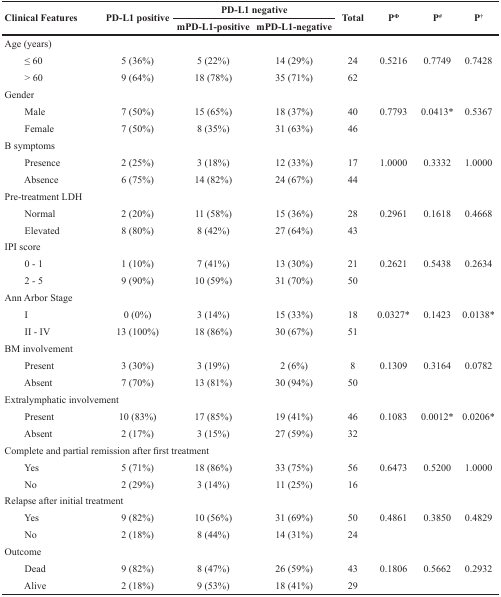
<table><thead><tr><td rowspan="2"><b>Clinical Features</b></td><td rowspan="2"><b>PD-L1 positive</b></td><td colspan="2"><b>PD-L1 negative</b></td><td rowspan="2"><b>Total</b></td><td rowspan="2"><b>P<sup>Φ</sup></b></td><td rowspan="2"><b>P<sup>#</sup></b></td><td rowspan="2"><b>P<sup>†</sup></b></td></tr><tr><td><b>mPD-L1-positive</b></td><td><b>mPD-L1-negative</b></td></tr></thead><tbody><tr><td>Age (years)</td><td></td><td></td><td></td><td></td><td></td><td></td><td></td></tr><tr><td>≤ 60</td><td>5 (36%)</td><td>5 (22%)</td><td>14 (29%)</td><td>24</td><td>0.5216</td><td>0.7749</td><td>0.7428</td></tr><tr><td>&gt; 60</td><td>9 (64%)</td><td>18 (78%)</td><td>35 (71%)</td><td>62</td><td></td><td></td><td></td></tr><tr><td>Gender</td><td></td><td></td><td></td><td></td><td></td><td></td><td></td></tr><tr><td>Male</td><td>7 (50%)</td><td>15 (65%)</td><td>18 (37%)</td><td>40</td><td>0.7793</td><td>0.0413<sup>*</sup></td><td>0.5367</td></tr><tr><td>Female</td><td>7 (50%)</td><td>8 (35%)</td><td>31 (63%)</td><td>46</td><td></td><td></td><td></td></tr><tr><td>B symptoms</td><td></td><td></td><td></td><td></td><td></td><td></td><td></td></tr><tr><td>Presence</td><td>2 (25%)</td><td>3 (18%)</td><td>12 (33%)</td><td>17</td><td>1.0000</td><td>0.3332</td><td>1.0000</td></tr><tr><td>Absence</td><td>6 (75%)</td><td>14 (82%)</td><td>24 (67%)</td><td>44</td><td></td><td></td><td></td></tr><tr><td>Pre-treatment LDH</td><td></td><td></td><td></td><td></td><td></td><td></td><td></td></tr><tr><td>Normal</td><td>2 (20%)</td><td>11 (58%)</td><td>15 (36%)</td><td>28</td><td>0.2961</td><td>0.1618</td><td>0.4668</td></tr><tr><td>Elevated</td><td>8 (80%)</td><td>8 (42%)</td><td>27 (64%)</td><td>43</td><td></td><td></td><td></td></tr><tr><td>IPI score</td><td></td><td></td><td></td><td></td><td></td><td></td><td></td></tr><tr><td>0 - 1</td><td>1 (10%)</td><td>7 (41%)</td><td>13 (30%)</td><td>21</td><td>0.2621</td><td>0.5438</td><td>0.2634</td></tr><tr><td>2 - 5</td><td>9 (90%)</td><td>10 (59%)</td><td>31 (70%)</td><td>50</td><td></td><td></td><td></td></tr><tr><td>Ann Arbor Stage</td><td></td><td></td><td></td><td></td><td></td><td></td><td></td></tr><tr><td>I</td><td>0 (0%)</td><td>3 (14%)</td><td>15 (33%)</td><td>18</td><td>0.0327<sup>*</sup></td><td>0.1423</td><td>0.0138<sup>*</sup></td></tr><tr><td>II - IV</td><td>13 (100%)</td><td>18 (86%)</td><td>30 (67%)</td><td>51</td><td></td><td></td><td></td></tr><tr><td>BM involvement</td><td></td><td></td><td></td><td></td><td></td><td></td><td></td></tr><tr><td>Present</td><td>3 (30%)</td><td>3 (19%)</td><td>2 (6%)</td><td>8</td><td>0.1309</td><td>0.3164</td><td>0.0782</td></tr><tr><td>Absent</td><td>7 (70%)</td><td>13 (81%)</td><td>30 (94%)</td><td>50</td><td></td><td></td><td></td></tr><tr><td>Extralymphatic involvement</td><td></td><td></td><td></td><td></td><td></td><td></td><td></td></tr><tr><td>Present</td><td>10 (83%)</td><td>17 (85%)</td><td>19 (41%)</td><td>46</td><td>0.1083</td><td>0.0012<sup>*</sup></td><td>0.0206<sup>*</sup></td></tr><tr><td>Absent</td><td>2 (17%)</td><td>3 (15%)</td><td>27 (59%)</td><td>32</td><td></td><td></td><td></td></tr><tr><td>Complete and partial remission after first treatment</td><td></td><td></td><td></td><td></td><td></td><td></td><td></td></tr><tr><td>Yes</td><td>5 (71%)</td><td>18 (86%)</td><td>33 (75%)</td><td>56</td><td>0.6473</td><td>0.5200</td><td>1.0000</td></tr><tr><td>No</td><td>2 (29%)</td><td>3 (14%)</td><td>11 (25%)</td><td>16</td><td></td><td></td><td></td></tr><tr><td>Relapse after initial treatment</td><td></td><td></td><td></td><td></td><td></td><td></td><td></td></tr><tr><td>Yes</td><td>9 (82%)</td><td>10 (56%)</td><td>31 (69%)</td><td>50</td><td>0.4861</td><td>0.3850</td><td>0.4829</td></tr><tr><td>No</td><td>2 (18%)</td><td>8 (44%)</td><td>14 (31%)</td><td>24</td><td></td><td></td><td></td></tr><tr><td>Outcome</td><td></td><td></td><td></td><td></td><td></td><td></td><td></td></tr><tr><td>Dead</td><td>9 (82%)</td><td>8 (47%)</td><td>26 (59%)</td><td>43</td><td>0.1806</td><td>0.5662</td><td>0.2932</td></tr><tr><td>Alive</td><td>2 (18%)</td><td>9 (53%)</td><td>18 (41%)</td><td>29</td><td></td><td></td><td></td></tr></tbody></table>